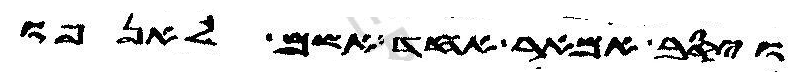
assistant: ויסב אמאר אחד אשם לאנפו